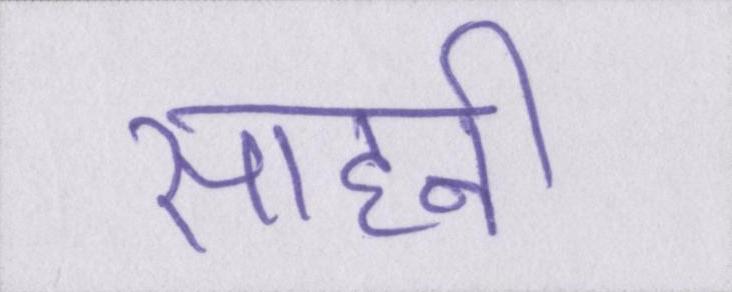
साहनी